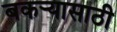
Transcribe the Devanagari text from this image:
बकर्‍यासाठी